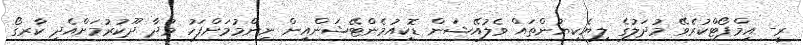
ރީ- އިމްޕޯޓްކުރެވޭ މުދަލުގެ ލިޔެކިޔުންތައް ވެލުއޭޝަން ޑޮކިއުމެންޓޭޝަންއިން ނިންމުމަށްފަހު މުދާ ދޫކުރުމަށްއެދި ކާރގޯ